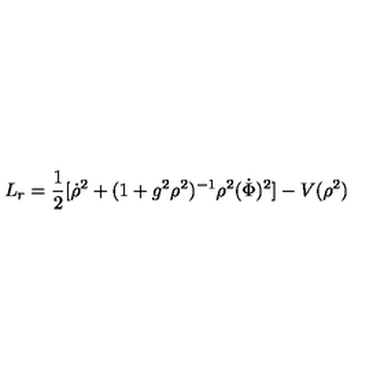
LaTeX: L _ { r } = \frac { 1 } { 2 } [ \dot { \rho } ^ { 2 } + ( 1 + g ^ { 2 } \rho ^ { 2 } ) ^ { - 1 } \rho ^ { 2 } ( \dot { \Phi } ) ^ { 2 } ] - V ( \rho ^ { 2 } )